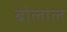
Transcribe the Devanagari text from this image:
बोलाल